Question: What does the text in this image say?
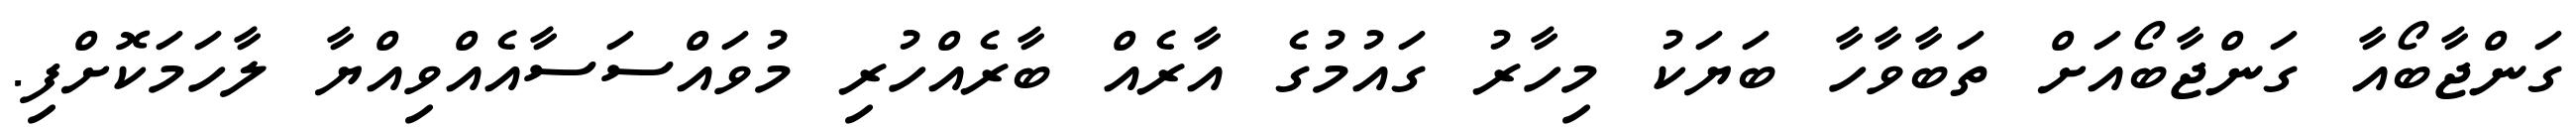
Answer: ގަންޖާބޯއާ ގަންޖާބޯއަށް ތަބާވާހާ ބަޔަކު މިހާރު ގައުމުގެ އާރެއް ބާރެއްހުރި މުވައްސަސާއެއްވިއްޔާ ލާހަމަކޮށްފި.